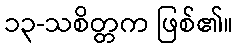
၁၃-သစိတ္တက ဖြစ်၏။